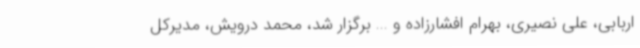
اربابی، علی نصیری، بهرام افشارزاده و ... برگزار شد، محمد درویش، مدیرکل